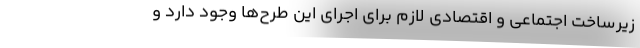
زیرساخت اجتماعی و اقتصادی لازم برای اجرای این طرح‌ها وجود دارد و